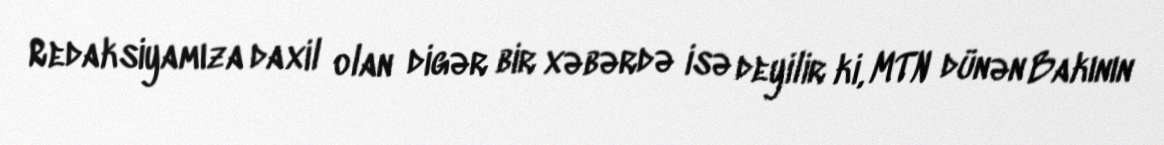
Redaksiyamıza daxil olan digər bir xəbərdə isə deyilir ki, MTN dünən Bakının